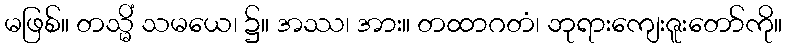
မဖြစ်။ တသ္မိံ သမယေ၊ ၌။ အဿ၊ အား။ တထာဂတံ၊ ဘုရားကျေးဇူးတော်ကို။